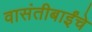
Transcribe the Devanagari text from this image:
वासंतीबाईंचे